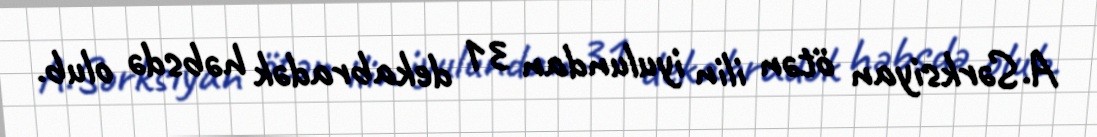
A.Sərksiyan ötən ilin iyulundan 31 dekabradək həbsdə olub.